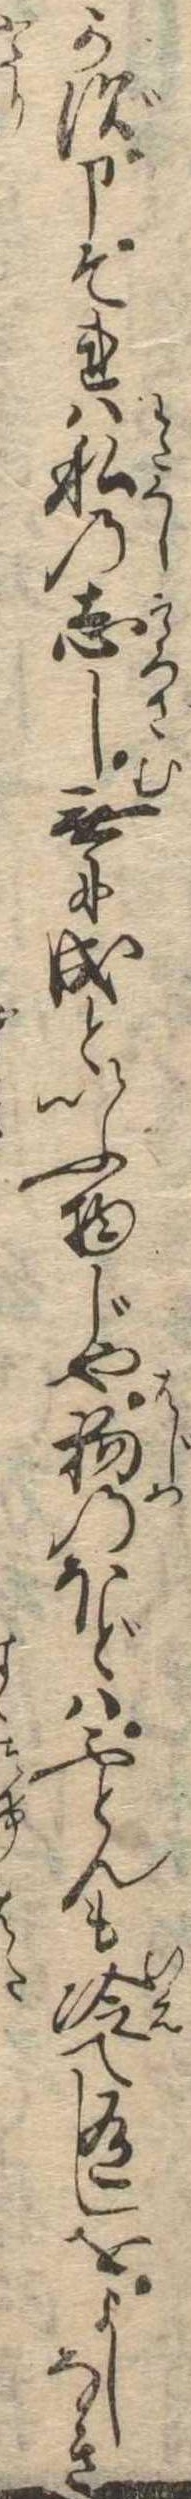
かず申それは私の志し無に成といふ物じや初のほどはふとんも冷て有しをよしなき